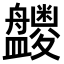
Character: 𪾝